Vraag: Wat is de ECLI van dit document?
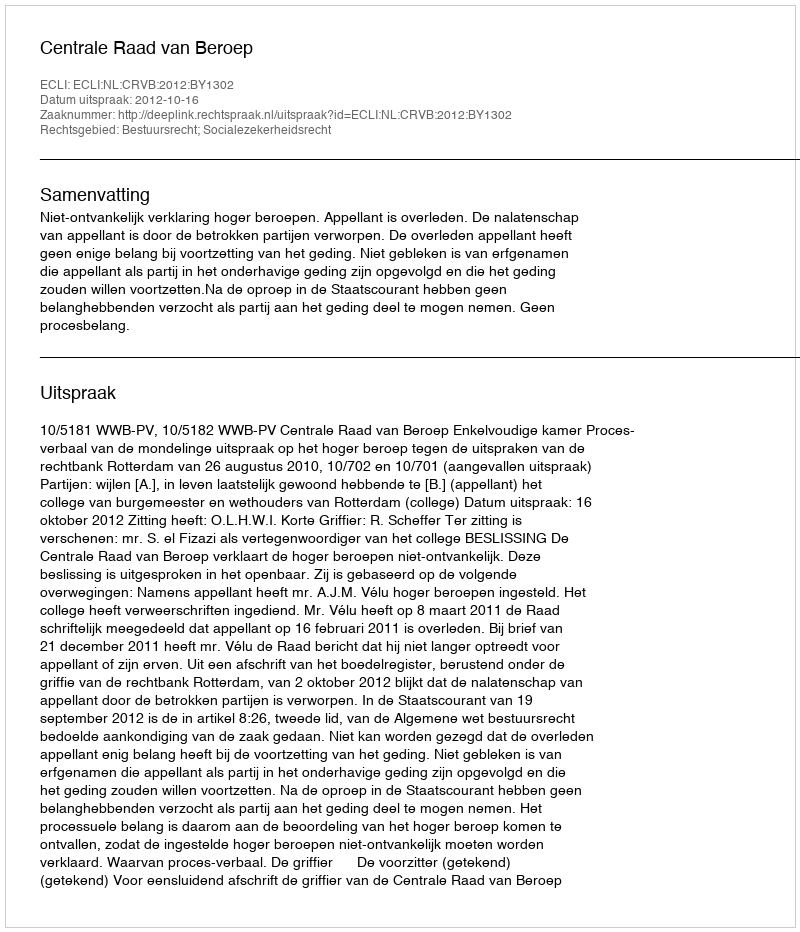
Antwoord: ECLI:NL:CRVB:2012:BY1302